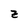
Character: z